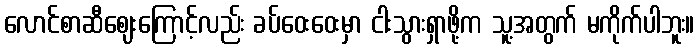
လောင်စာဆီဈေးကြောင့်လည်း ခပ်ဝေးဝေးမှာ ငါးသွားရှာဖို့က သူ့အတွက် မကိုက်ပါဘူး။